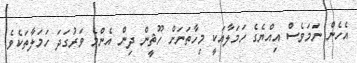
އެހެން ނަމަވެސް އިއްޔެގެ ހަމަލާއަކީ މިހާތަނަށް ހޫޘީން ދިން އެންމެ ވަރުގަދަ ހަމަލާތަކެވެ.